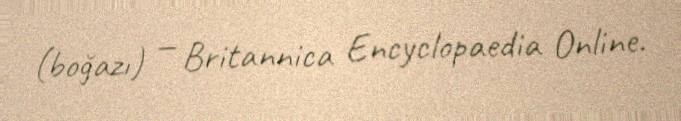
(boğazı) — Britannica Encyclopaedia Online.